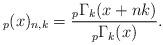
LaTeX: \begin{align*}_{p}(x)_{n,k}=\frac{ _{p}\Gamma_{k}(x+nk)}{ _{p}\Gamma_{k}(x)}.\end{align*}